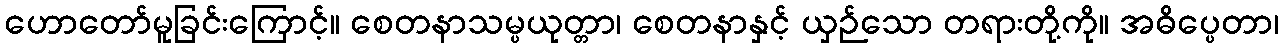
ဟောတော်မူခြင်းကြောင့်။ စေတနာသမ္ပယုတ္တာ၊ စေတနာနှင့် ယှဉ်သော တရားတို့ကို။ အဓိပ္ပေတာ၊